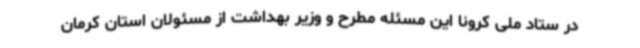
در ستاد ملی کرونا این مسئله مطرح و وزیر بهداشت از مسئولان استان کرمان